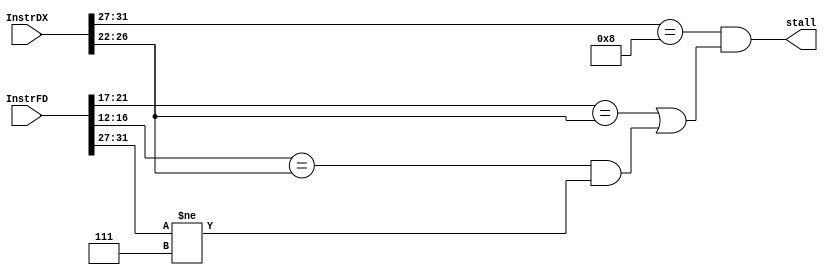
module stall(InstrDX, InstrFD, stall);
    input[31:0] InstrDX, InstrFD;
    output stall;

    wire[4:0] sw, lw;
    assign sw = 5'b00111;
    assign lw = 5'b01000;

    assign stall = (InstrDX[31:27] == lw) && ((InstrFD[21:17] == InstrDX[26:22]) || ((InstrFD[16:12] == InstrDX[26:22]) && (InstrFD[31:27] != sw)));
endmodule